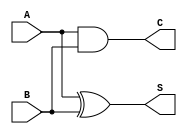
module current_mode_half_adder (
    input wire A,  // Input current representing binary digit A
    input wire B,  // Input current representing binary digit B
    output wire S, // Output current representing the Sum
    output wire C  // Output current representing the Carry
);

// Logic for Sum and Carry
assign S = A ^ B; // Sum is A XOR B
assign C = A & B; // Carry is A AND B

endmodule